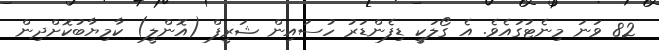
82 ވަނަ މިނެޓުގައެވެ. އެ ގޯލަކީ ޑިފެންޑަރު ހުސައިން ޝަރީފް (އޮންލީ) ކާމިޔާބުކޮށްދިން